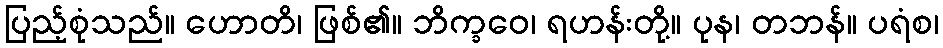
ပြည့်စုံသည်။ ဟောတိ၊ ဖြစ်၏။ ဘိက္ခဝေ၊ ရဟန်းတို့။ ပုန၊ တဘန်။ ပရံစ၊